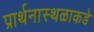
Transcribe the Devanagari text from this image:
प्रार्थनास्थळाकडे